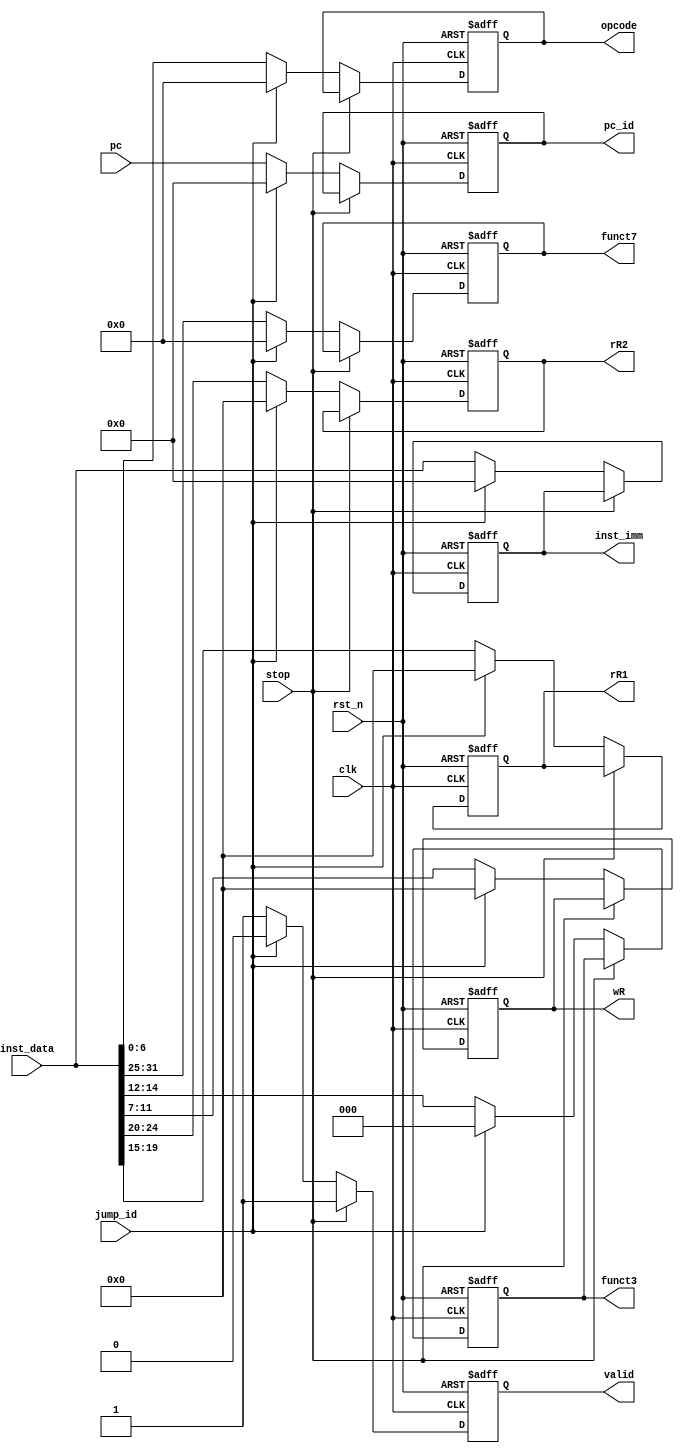
`timescale 1ns / 1ps
//////////////////////////////////////////////////////////////////////////////////
// Company: 
// Engineer: 
// 
// Design Name: 
// Module Name: IF_ID_reg
// Project Name: 
// Target Devices: 
// Tool Versions: 
// Description: 
// 
// Dependencies: 
// 
// Revision:
// Revision 0.01 - File Created
// Additional Comments:
// 
//////////////////////////////////////////////////////////////////////////////////


module IF_ID_reg(
    input clk,
    input rst_n,
    input jump_id,
    input stop,
    input [31:0] pc,
    input [31:0] inst_data,
    output reg [2:0] funct3,
    output reg [4:0] rR1,
    output reg [4:0] rR2,
    output reg [4:0] wR,
    output reg [6:0] funct7,
    output reg [6:0] opcode,
    output reg [31:0] inst_imm,
    output reg [31:0] pc_id,
    output reg valid
    );
    
    always @ (posedge clk or negedge rst_n) begin
        if(~rst_n)                  rR1 <= 5'b00000;
        else if(stop)               rR1 <= rR1;
        else if(jump_id)            rR1 <= 5'b00000;
        else                        rR1 <= inst_data[19:15];
    end
    
    always @ (posedge clk or negedge rst_n) begin
        if(~rst_n)                  rR2 <= 5'b00000;
        else if(stop)               rR2 <= rR2;
        else if(jump_id)            rR2 <= 5'b00000;
        else                        rR2 <= inst_data[24:20];
    end    
    
    always @ (posedge clk or negedge rst_n) begin
        if(~rst_n)              wR <= 5'b00000;
        else if(stop)           wR <= wR;
        else if(jump_id)        wR <= 5'b00000;
        else                    wR <= inst_data[11:7];
    end    
    
    always @ (posedge clk or negedge rst_n) begin
        if(~rst_n)     inst_imm <= 32'h00000000;
        else if(stop)            inst_imm <= inst_imm;
        else if(jump_id)         inst_imm <= 32'h00000000;
        else                     inst_imm <= inst_data;
    end
    
    always @ (posedge clk or negedge rst_n) begin
        if(~rst_n)          funct3 <= 3'b000;
        else if(stop)       funct3 <= funct3;
        else if(jump_id)    funct3 <= 3'b000;
        else                funct3 <= inst_data[14:12];
    end
    
    always @ (posedge clk or negedge rst_n) begin
        if(~rst_n)          funct7 <= 7'b0000000;
        else if(stop)       funct7 <= funct7;
        else if(jump_id)    funct7 <= 7'b0000000;
        else                funct7 <= inst_data[31:25];
    end

    always @ (posedge clk or negedge rst_n) begin
        if(~rst_n)          opcode <= 7'b0000000;
        else if(stop)       opcode <= opcode; 
        else if(jump_id)    opcode <= 7'b0000000;
        else                opcode <= inst_data[6:0];
    end
    
    always @ (posedge clk or negedge rst_n) begin
        if(~rst_n)         pc_id <= 32'h0;
        else if(stop)       pc_id<= pc_id;
        else if(jump_id)    pc_id <= 32'h0;
        else                pc_id <= pc;
    end    
    
    always @ (posedge clk or negedge rst_n) begin
        if(~rst_n)          valid <= 1'b0;
        else if(stop)      valid <= 1'b1;
        else if(jump_id)   valid <= 1'b0;
        else                valid <= 1'b1;
    end    
    
endmodule